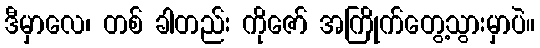
ဒီမှာလေ၊ တစ် ခါတည်း ကိုဇော် အကြိုက်တွေ့သွားမှာပဲ။